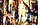
منذ